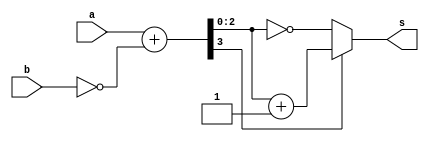
module ones(s,a,b);
output [2:0] s;
input [2:0] a,b;
//a-b
wire [2:0] b_c= ~b;
wire [3:0] s1=a + b_c;
wire [2:0] s2=(s1[3]==1)?(s1[2:0]+1):(~(s1[2:0]));
assign s=s2;
endmodule